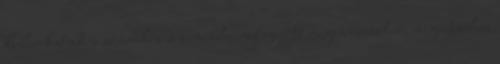
kulcsokat adni számukra a zene élményt nyújtó megismeréséhez, megértéséhez